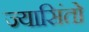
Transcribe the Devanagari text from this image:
ज्यासिंतो